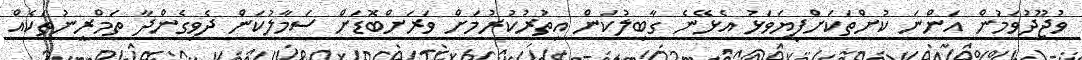
ވުޖޫދުވަމުން އަންނަ ކުށްތަކަށްފިޔަވަޅު އެޅޭނެ ގާބިލުކަން އިތުރުކުރުމަށް ވަރަށްބޮޑަށް ސަމާލުކަން ދެވިގެންދާ ތަމްރީނުތަކެއް